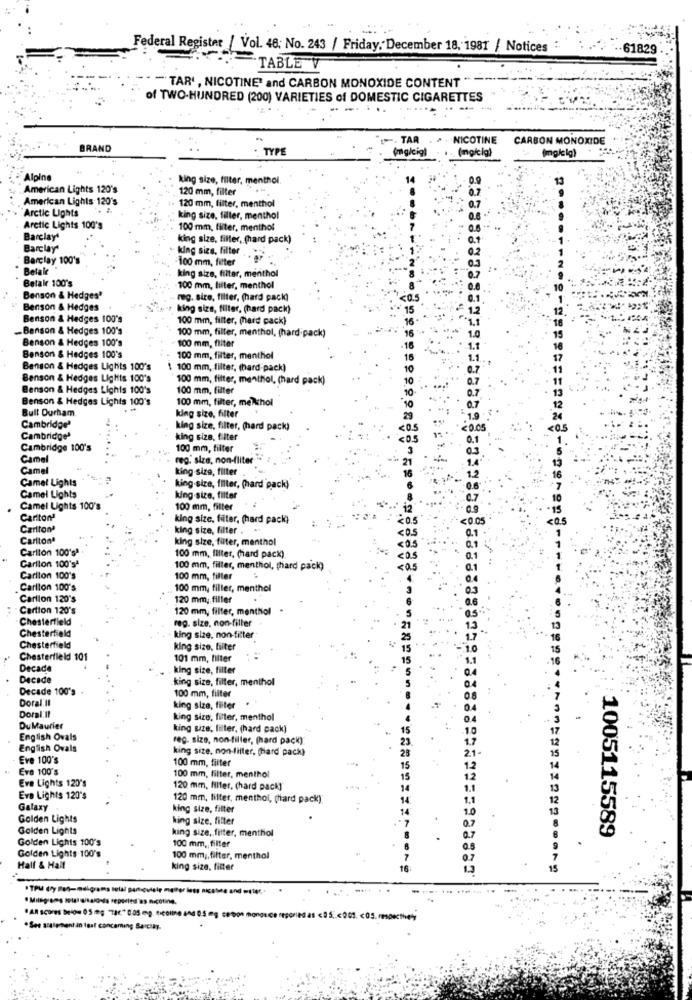
Federal Register / Vol. 48; No. 243 / Friday. December 18, 1981 / Notices
.. 61829
TABLE V
-TAR' , NICOTINE' and CARBON MONOXIDE CONTENT
of TWO-HUNDRED (200) VARIETIES of DOMESTIC CIGARETTES
-. TAR
NICOTINE
CARBON MONOXIDE
BRAND
- TYPE
(mg/cig)
(mg/cig)
(mg/ lg)
Alpine
king size, filter, menthol.
American Lights 120's
120 mm, filter
American Lights 120's
Arctic Lights
120 mm, filter, menthol
: king size, filter, menthol
Arctic Lights 100's
100 mm, filter, menthol
Barclay'
king size, filter, (hard pack)
Barclay'
king size, filter
Barclay 100's
=100 mm, fitter
Belale
Belakr 100's
king size, filter, menthol
100 mm, filter, menthol
Benson & Hedges'
reg. size, filter, (hard pack)
Benson & Hedges
king size, filter, (hard pack)
Benson & Hedges 100's
100 mm, filter, (hard pack)
-Benson & Hedges 100's
100 mm, filler, menthol, (hard pack)
Benson & Hedges 100's
100 mm, fliter
Benson & Hedges 100's
100 mm, filter, menthol
Benson & Hedges Lights 100's
$ 100 mm, filter, (hard-pack)
Benson & Hedges Lights 100's
100 mm, filter, menthol, (hard pack)
Benson & Hedges Lights 100's
100 mm, filter
Benson & Hedges Lights 100's
100 mm, filter, melkchol
Bull Durham
king size, filter
Cambridge'
king size, filter, (hard pack)
Cambridge
king size, filter
Cambridge 100's
100 mm, filter
Camel
reg. siza, non-fliter
Camel
king size, filter
Camel Lights
Camel Lights
king-size, filter, (hard pack)
king-size, filter
Camel Lights 100's
100 mm, filter
Carlton
king size, filter, (hard pack)
20.
Carlton
king size, filter .
Carltonª
king size, filter, menthol
<0.
Carlton 100'sª
100 mm, Iliter, (hard pack)
Carlton 100'sª
100 mm, filler, menthol, phard pack)
Carlton 100's
100 mm, filter
Carlton 100's
100 mm, filler, menthol
Carlion 120's
120 mm, filler
Cartion 120's
120 mm, filter, menthol .
Chesterfield
reg. size, non-filler
Chesterfield
king size, non-fitter
Chesterfield
king size, filter
Chesterfield 101
101 mm, filter
Decade
king size, filter
Decade
king size, filter, menthol
Decade 100's
Doral Il
100 mm, filter
Doral.Il
king size, filter .
king size, filter, menthol
DuMaurier
king size, filter, (hard pack)
English Ovals
reg. size, non-filler, (hard pack).
English Ovals
king size, non-filter, (hard' pack)
Eve 100's
100 mm, filter
Eva 100's
Eve Lights 120's
100 mm, filter, menthol
120 mm, filter, (hard pack)
Eve Lights 120's
120 mm, filter, menthol, (hard pack).
Galaxy
king size, filter
Golden Lights
king size, filter
Golden Lights
king size, filter, menthol
1005115589
Golden Lights 100's
100 mm ,, filter
Golden Lights 100's
100 mm ;, filter, menthol
.
Half & Half
king size, filter
15
· TPu dy Bağ-melgrams stal panicviele mater loss nicosce and water .-
-....
· Mulsproms total Witalo ds sepodled'es nicoting.
" AR scores below 05:0; "786" 0.05 mg. nicoline and 0.5 mg cartoon mongece reported as <95 ,.< 001 .< 03.mmsouthve);
.See acalement än igal cancaming Barciay.